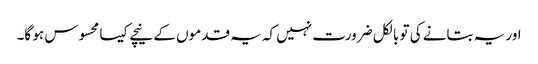
اور یہ بتانے کی تو بالکل ضرورت نہیں کہ یہ قدموں کے نیچے کیسا محسوس ہو گا۔